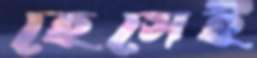
হেসেই